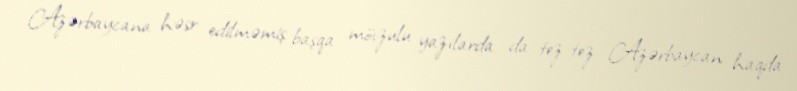
Azərbaycana həsr edilməmiş başqa mövzulu yazılarda da tez-tez Azərbaycan haqda